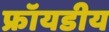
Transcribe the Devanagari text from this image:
फ्रॉयडीय